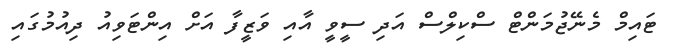
ޓައިމް މެނޭޖުމަންޓް ސްކިލްސް އަދި ސީވީ އާއި ވަޒީފާ އަށް އިންޓަވިއު ދިއުމުގައި